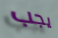
يجب